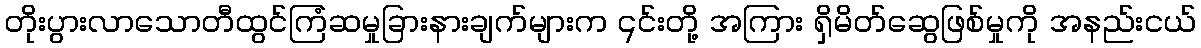
တိုးပွားလာသောတီထွင်ကြံဆမှုခြားနားချက်များက ၎င်းတို့ အကြား ရှိမိတ်ဆွေဖြစ်မှုကို အနည်းငယ်